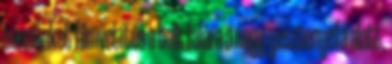
bennünket filmvetítés a bolt falára a nagy gesztenyefa alatt,